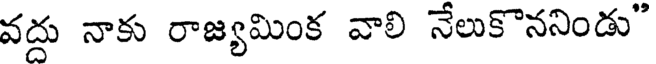
వద్దు నాకు రాజ్యమింక వాలి నేలుకొననిండు"